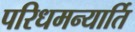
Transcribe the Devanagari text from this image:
परिधमन्यार्ति